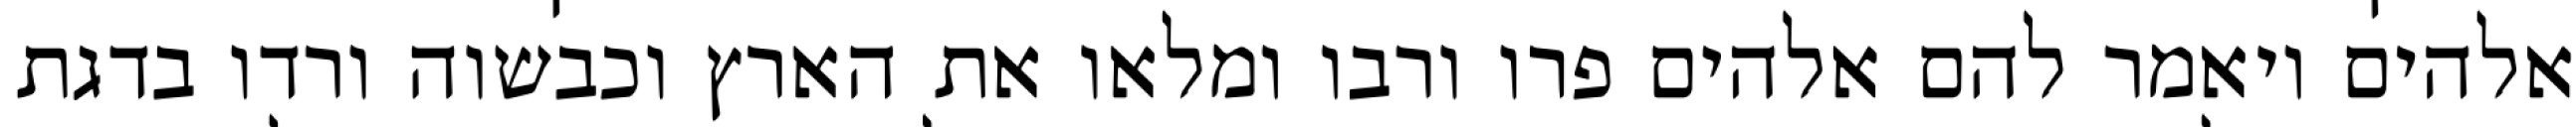
אלהים ויאמר להם אלהים פרו ורבו ומלאו את הארץ וכבשוה ורדו בדגת